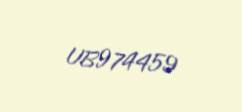
UB974459